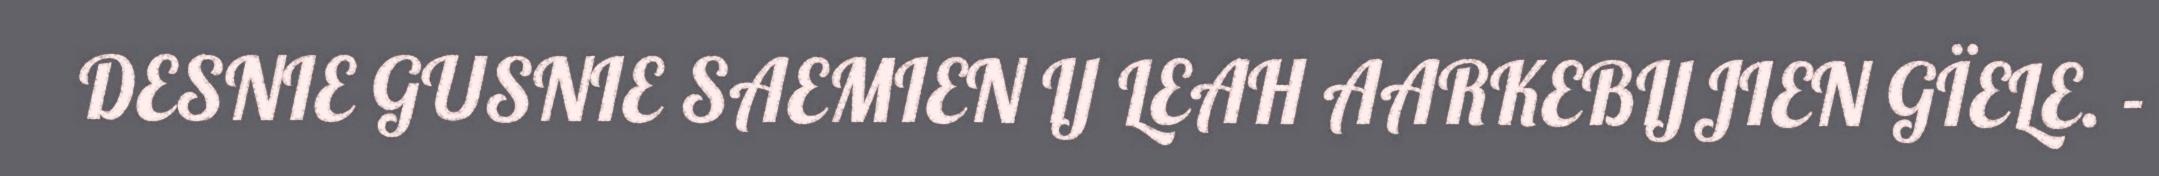
DESNIE GUSNIE SAEMIEN IJ LEAH AARKEBIJJIEN GÏELE. -